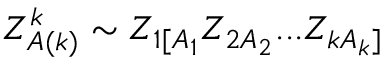
{ \cal Z } _ { A ( k ) } ^ { k } \sim Z _ { 1 [ A _ { 1 } } Z _ { 2 A _ { 2 } } . . . Z _ { k A _ { k } ] }